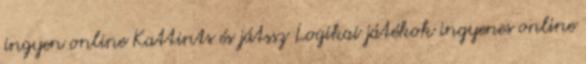
ingyen online Kattints és játssz Logikai játékok ingyenes online